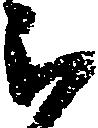
被